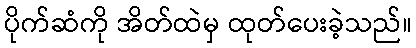
ပိုက်ဆံကို အိတ်ထဲမှ ထုတ်ပေးခဲ့သည်။